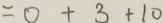
= 0 + 3 + 1 0